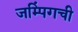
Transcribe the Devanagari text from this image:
जम्पिंगची